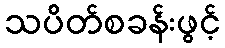
သပိတ်စခန်းဖွင့်